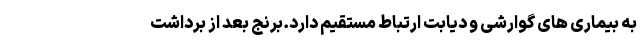
به بیماری های گوارشی و دیابت ارتباط مستقیم دارد.برنج بعد از برداشت